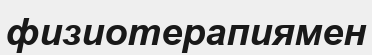
физиотерапиямен